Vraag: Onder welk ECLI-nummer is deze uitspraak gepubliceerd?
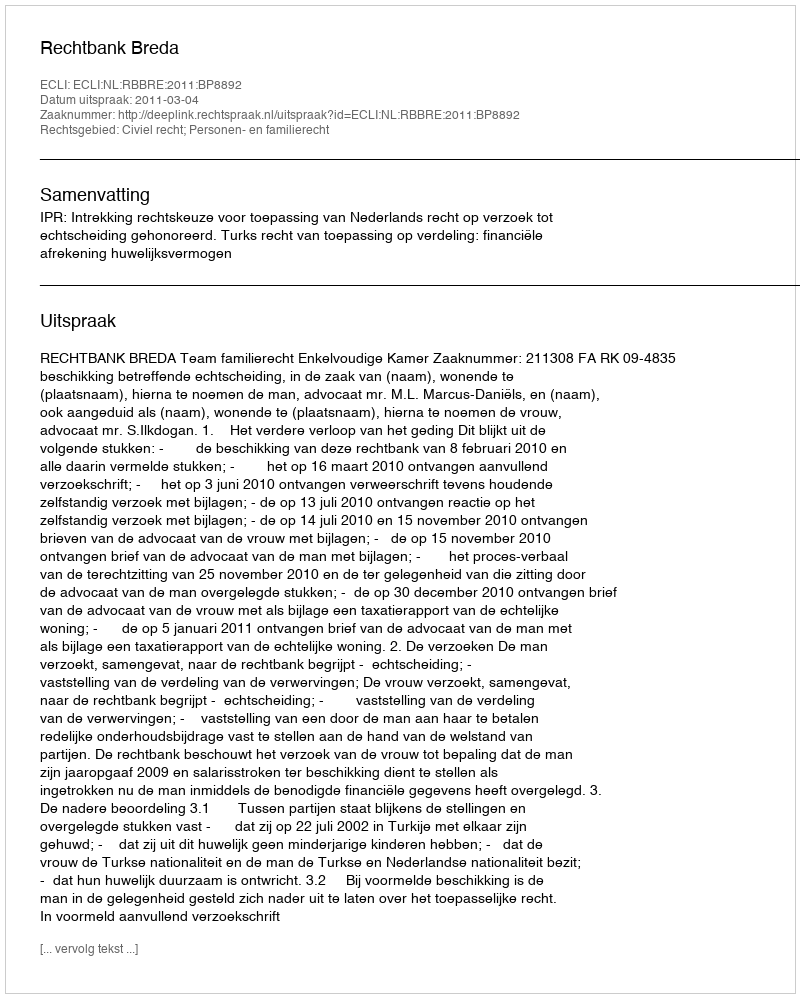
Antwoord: ECLI:NL:RBBRE:2011:BP8892